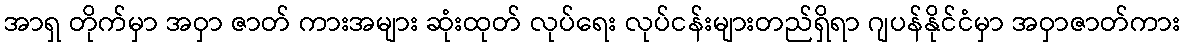
အာရှ တိုက်မှာ အဝှာ ဇာတ် ကားအများ ဆုံးထုတ် လုပ်ရေး လုပ်ငန်းများတည်ရှိရာ ဂျပန်နိုင်ငံမှာ အဝှာဇာတ်ကား